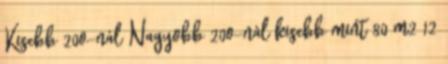
Kisebb 20o-nál Nagyobb 20o-nál kisebb mint 80 m2 12